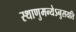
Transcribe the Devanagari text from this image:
स्थाणुमन्येऽनुसयति